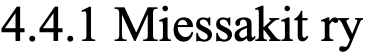
4.4.1 Miessakit ry